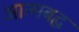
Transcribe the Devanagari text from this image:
आत्मबद्ध